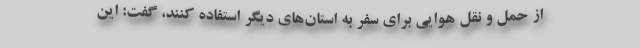
از حمل و نقل هوایی برای سفر به استان‌های دیگر استفاده کنند، گفت: این